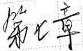
第七章